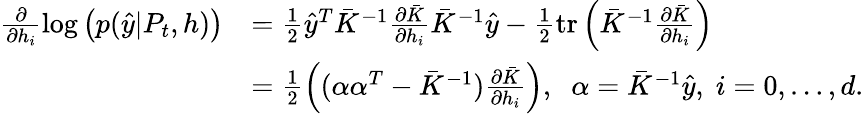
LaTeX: \begin{array}{rl}{\frac{\partial}{\partial h_{i}}\log\left(p(\hat{y}|P_{t},h)\right)}&{=\frac{1}{2}\hat{y}^{T}\bar{K}^{-1}\frac{\partial\bar{K}}{\partial h_{i}}\bar{K}^{-1}\hat{y}-\frac{1}{2}\mathrm{tr}\left(\bar{K}^{-1}\frac{\partial\bar{K}}{\partial h_{i}}\right)}\\ &{=\frac{1}{2}\left((\alpha\alpha^{T}-\bar{K}^{-1})\frac{\partial\bar{K}}{\partial h_{i}}\right),\; \; \alpha=\bar{K}^{-1}\hat{y},\; i=0,\dots,d.}\end{array}